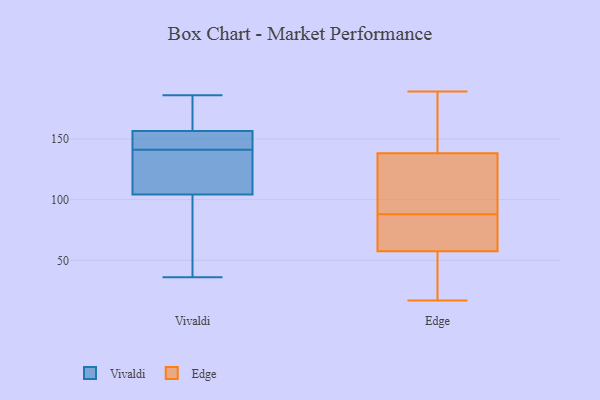
{"axis": {"x": "Active Users", "y": "Value"}, "legend": ["Edge", "Vivaldi"], "data": [{"x": "", "y": 36, "type": "Vivaldi"}, {"x": "", "y": 147, "type": "Vivaldi"}, {"x": "", "y": 155, "type": "Vivaldi"}, {"x": "", "y": 171, "type": "Vivaldi"}, {"x": "", "y": 171, "type": "Vivaldi"}, {"x": "", "y": 95, "type": "Vivaldi"}, {"x": "", "y": 138, "type": "Vivaldi"}, {"x": "", "y": 150, "type": "Vivaldi"}, {"x": "", "y": 56, "type": "Vivaldi"}, {"x": "", "y": 138, "type": "Vivaldi"}, {"x": "", "y": 157, "type": "Vivaldi"}, {"x": "", "y": 132, "type": "Vivaldi"}, {"x": "", "y": 186, "type": "Vivaldi"}, {"x": "", "y": 141, "type": "Vivaldi"}, {"x": "", "y": 86, "type": "Vivaldi"}, {"x": "", "y": 56, "type": "Edge"}, {"x": "", "y": 70, "type": "Edge"}, {"x": "", "y": 189, "type": "Edge"}, {"x": "", "y": 173, "type": "Edge"}, {"x": "", "y": 58, "type": "Edge"}, {"x": "", "y": 88, "type": "Edge"}, {"x": "", "y": 25, "type": "Edge"}, {"x": "", "y": 109, "type": "Edge"}, {"x": "", "y": 132, "type": "Edge"}, {"x": "", "y": 91, "type": "Edge"}, {"x": "", "y": 82, "type": "Edge"}, {"x": "", "y": 17, "type": "Edge"}, {"x": "", "y": 154, "type": "Edge"}, {"x": "", "y": 56, "type": "Edge"}, {"x": "", "y": 76, "type": "Edge"}, {"x": "", "y": 145, "type": "Edge"}, {"x": "", "y": 136, "type": "Edge"}]}